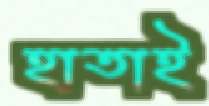
হাতাই